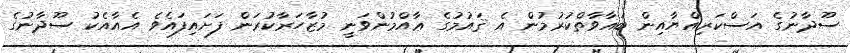
ސޫދާނުގެ އަސްކަރިއްޔާއިން ބަޣާވާތްކުރުމުން އެ ޤައުމުގެ ޢާއްމުންވަނީ މުޒާހަރާކުރަން ފަށައިފައެވެ އެއާއެކު ސޫދާނުގެ